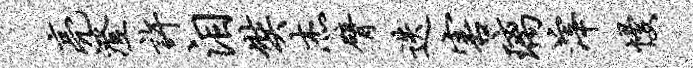
亮澄许泪奘杰臂迭害璃滓慢